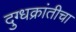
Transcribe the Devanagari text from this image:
दुग्धक्रांतीचा